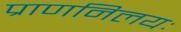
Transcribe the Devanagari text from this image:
प्राणनिलयः